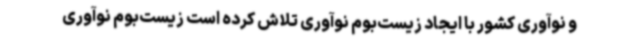
و نوآوری کشور با ایجاد زیست‌بوم نوآوری تلاش کرده است زیست‌بوم نوآوری